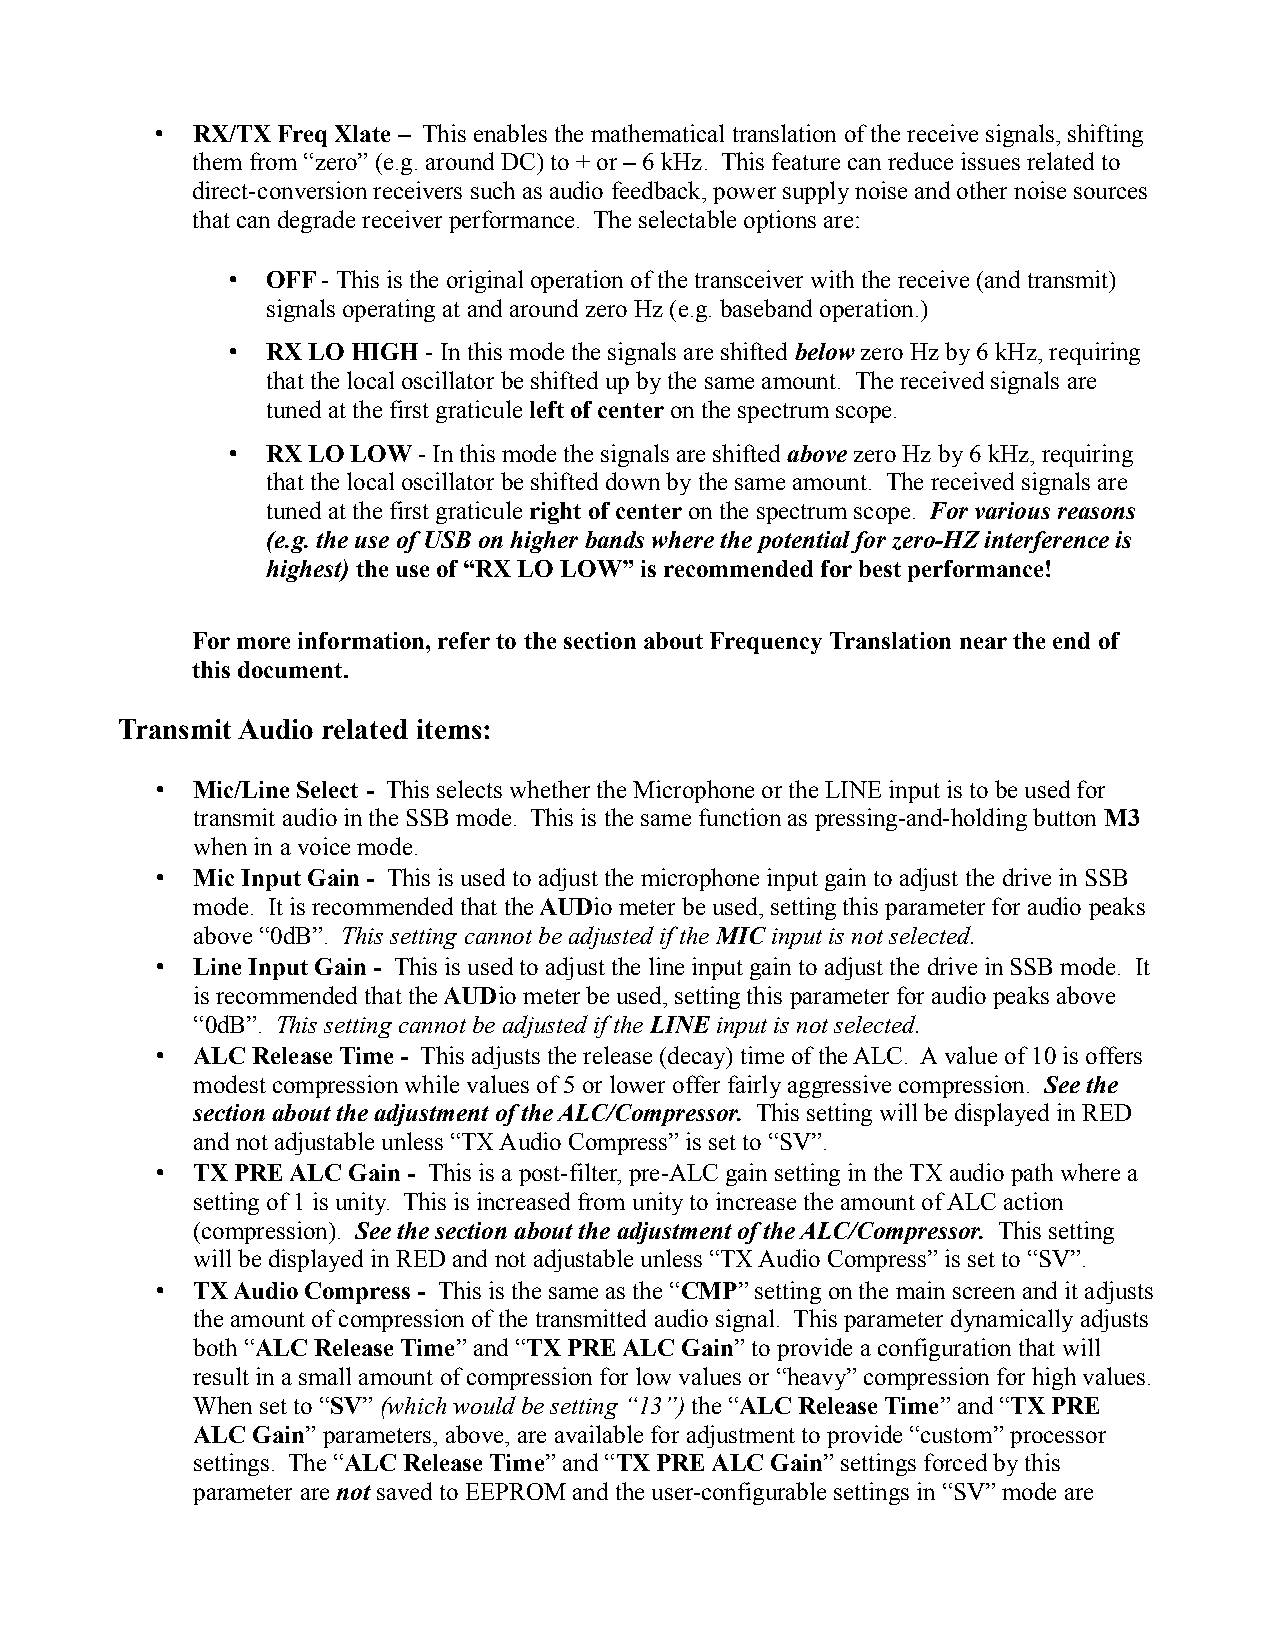
•  RX/TX Freq Xlate – This enables the mathematical translation of the receive signals, shifting
 them from “zero” (e.g. around DC) to + or – 6 kHz. This feature can reduce issues related to
 direct-conversion receivers such as audio feedback, power supply noise and other noise sources
 that can degrade receiver performance. The selectable options are:
 •  OFF - This is the original operation of the transceiver with the receive (and transmit)
 signals operating at and around zero Hz (e.g. baseband operation.)
 •  RX LO HIGH - In this mode the signals are shifted below zero Hz by 6 kHz, requiring
 that the local oscillator be shifted up by the same amount. The received signals are
 tuned at the first graticule left of center on the spectrum scope.
 •  RX LO LOW - In this mode the signals are shifted above zero Hz by 6 kHz, requiring
 that the local oscillator be shifted down by the same amount. The received signals are
 tuned at the first graticule right of center on the spectrum scope. For various reasons
 (e.g. the use of USB on higher bands where the potential for zero-HZ interference is
 highest) the use of “RX LO LOW” is recommended for best performance!
 For more information, refer to the section about Frequency Translation near the end of
 this document.
 Transmit Audio related items:
 •  Mic/Line Select - This selects whether the Microphone or the LINE input is to be used for
 transmit audio in the SSB mode. This is the same function as pressing-and-holding button M3
 when in a voice mode.
 •  Mic Input Gain - This is used to adjust the microphone input gain to adjust the drive in SSB
 mode. It is recommended that the AUDio meter be used, setting this parameter for audio peaks
 above “0dB”. This setting cannot be adjusted if the MIC input is not selected.
 •  Line Input Gain - This is used to adjust the line input gain to adjust the drive in SSB mode. It
 is recommended that the AUDio meter be used, setting this parameter for audio peaks above
 “0dB”. This setting cannot be adjusted if the LINE input is not selected.
 •  ALC Release Time - This adjusts the release (decay) time of the ALC. A value of 10 is offers
 modest compression while values of 5 or lower offer fairly aggressive compression. See the
 section about the adjustment of the ALC/Compressor. This setting will be displayed in RED
 and not adjustable unless “TX Audio Compress” is set to “SV”.
 •  TX PRE ALC Gain - This is a post-filter, pre-ALC gain setting in the TX audio path where a
 setting of 1 is unity. This is increased from unity to increase the amount of ALC action
 (compression). See the section about the adjustment of the ALC/Compressor. This setting
 will be displayed in RED and not adjustable unless “TX Audio Compress” is set to “SV”.
 •  TX Audio Compress - This is the same as the “CMP” setting on the main screen and it adjusts
 the amount of compression of the transmitted audio signal. This parameter dynamically adjusts
 both “ALC Release Time” and “TX PRE ALC Gain” to provide a configuration that will
 result in a small amount of compression for low values or “heavy” compression for high values.
 When set to “SV” (which would be setting “13”) the “ALC Release Time” and “TX PRE
 ALC Gain” parameters, above, are available for adjustment to provide “custom” processor
 settings. The “ALC Release Time” and “TX PRE ALC Gain” settings forced by this
 parameter are not saved to EEPROM and the user-configurable settings in “SV” mode are